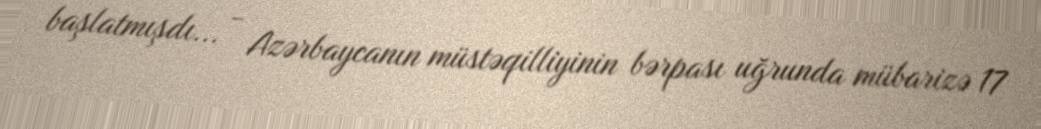
başlatmışdı... - Azərbaycanın müstəqilliyinin bərpası uğrunda mübarizə 17